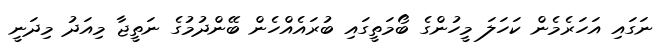
ނަގައި އަހަރެމެން ކަހަލަ މީހުންގެ ބޯމަތީގައި ބުރައެއްހެން ބޭންދުމުގެ ނަތީޖާ މިއަދު މިދަނީ